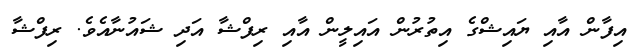
އިފާން އާއި ޔައިޝްގެ އިތުރުން އައިލީން އާއި ރިފްޝާ އަދި ޝައުނާއެވެ. ރިފްޝާ